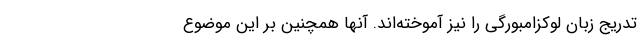
تدریج زبان لوکزامبورگی را نیز آموخته‌اند. آنها همچنین بر این موضوع